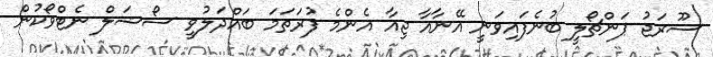
ސޫރަޖު ޕަންޗޯލީ ބުނެފައިވަނީ އޭނާއާ ޖިއާ އެންމެ ފުރަތަމަ ބައްދަލުވީ ސޯޝަލް ނެޓްވޯކުން